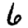
Digit: 6